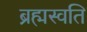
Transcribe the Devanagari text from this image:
ब्रह्मस्वति